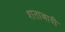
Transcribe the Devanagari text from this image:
शताबादी